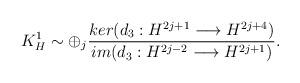
LaTeX: \begin{align*}K_H^1\sim \oplus_j \frac{ker(d_3:H^{2j+1}\longrightarrow H^{2j+4})}{im(d_3:H^{2j-2}\longrightarrow H^{2j+1})}.\end{align*}